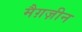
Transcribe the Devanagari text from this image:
मैग़ज़ीन